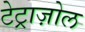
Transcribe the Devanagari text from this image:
टेट्राज़ोल